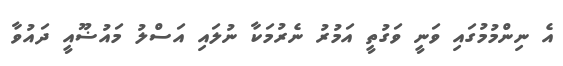
އެ ނިންމުމުގައި ވަނީ ވަގުތީ އަމުރު ނެރުމަކާ ނުލައި އަސްލު މައުޟޫއީ ދައުވާ